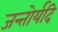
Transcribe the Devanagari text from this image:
जन्तोर्यदि